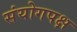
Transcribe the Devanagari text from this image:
संयोगपक्ष